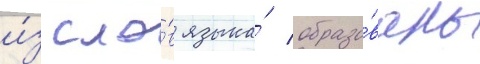
и́з сло́в языка́ образо́ваны